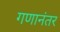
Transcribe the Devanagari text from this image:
गणानंतर